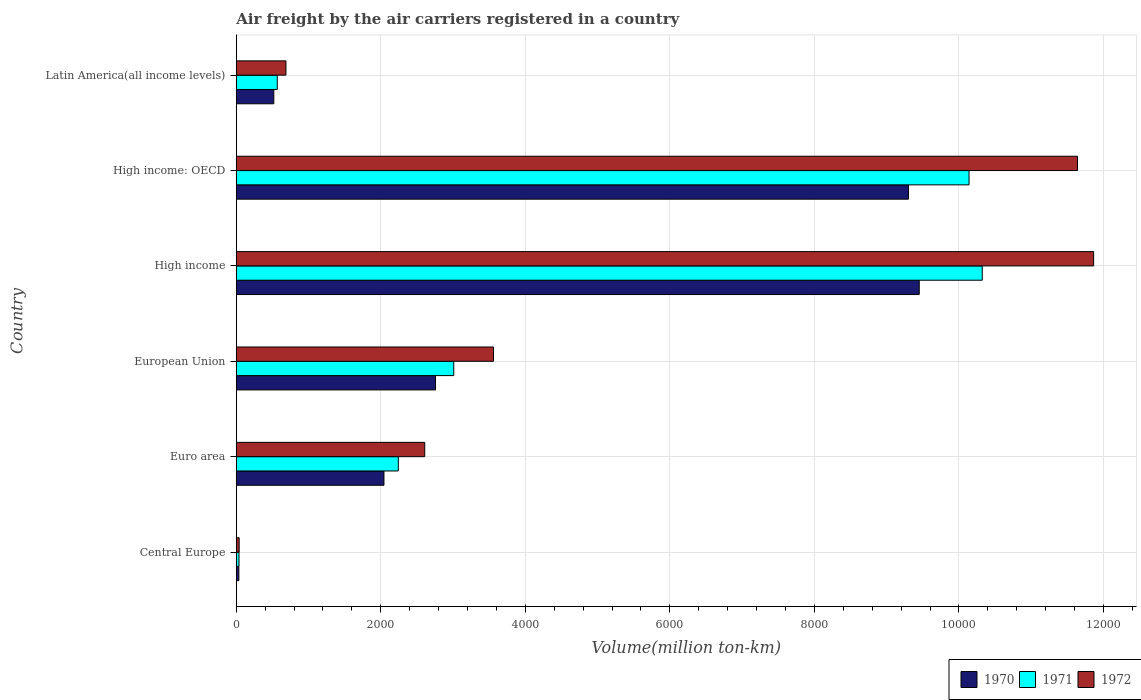
| Country | 1970 | 1971 | 1972 |
 | --- | --- | --- | --- |
 | Central Europe | 36 | 37.9 | 40.1 |
 | Euro area | 2.04e+03 | 2.24e+03 | 2.61e+03 |
 | European Union | 2.76e+03 | 3.01e+03 | 3.56e+03 |
 | High income | 9.45e+03 | 1.03e+04 | 1.19e+04 |
 | High income: OECD | 9.3e+03 | 1.01e+04 | 1.16e+04 |
 | Latin America(all income levels) | 520 | 568 | 687 |